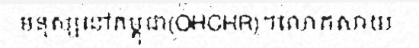
មនុស្សនៅកម្ពុជា(OHCHR)។លោកសាយ